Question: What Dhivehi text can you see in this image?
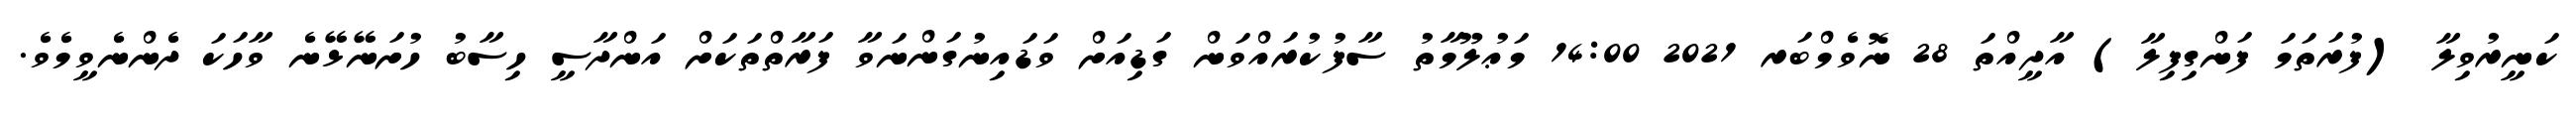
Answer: ކަނީރުވިލާ (ފުރަތަމަ ފަންގިފިލާ) އާދީއްތަ 28 ނޮވެމްބަރ 2021 14:00 މަޢުލޫމާތު ސާފުކުރައްވަން ގަޑިއަށް ވަޑައިނުގަންނަވާ ފަރާތްތަކަށް އަންދާސީ ހިސާބު ހުށަނޭޅޭނެ ވާހަކަ ދެންނެވީމެވެ.